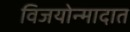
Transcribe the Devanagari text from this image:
विजयोन्मादात